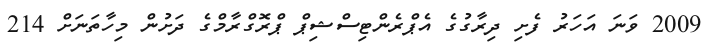
2009 ވަނަ އަހަރު ފެށި ދިރާގުގެ އެޕްރެންޓިސްޝިޕް ޕްރޮގްރާމްގެ ދަށުން މިހާތަނަށް 214